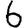
Digit: 6